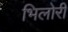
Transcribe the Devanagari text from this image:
भिलोरी